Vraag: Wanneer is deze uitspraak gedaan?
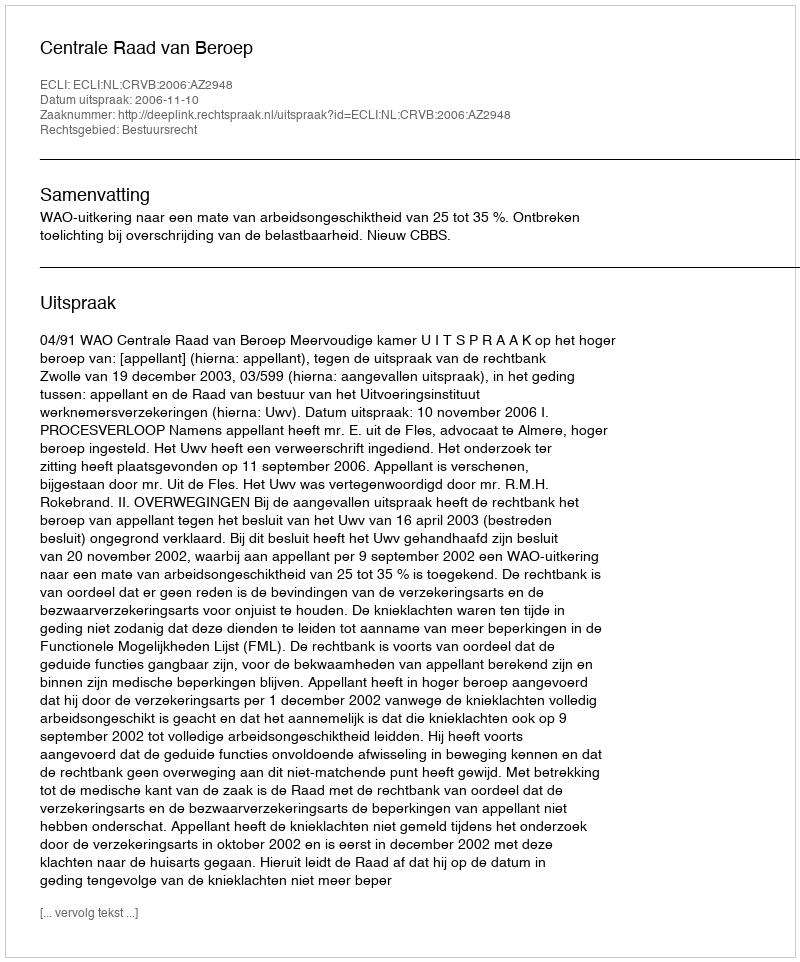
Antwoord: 2006-11-10